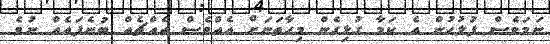
ނަމަވެސް ފުލުހުން އެ ކަމާ ގުޅިގެން މިހާތަނަށް އެއްވެސް އެއްޗެއް ބުނެފައެއް ނުވެ